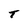
Character: T